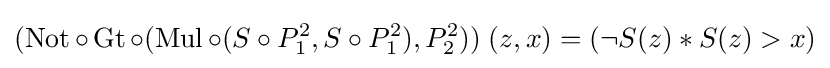
(\operatorname {Not} \circ \operatorname {Gt} \circ (\operatorname {Mul} \circ (S\circ P_{1}^{2},S\circ P_{1}^{2}),P_{2}^{2}))\;(z,x)=(\lnot S(z)*S(z)>x)